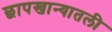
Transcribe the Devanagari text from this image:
छापखान्यातली